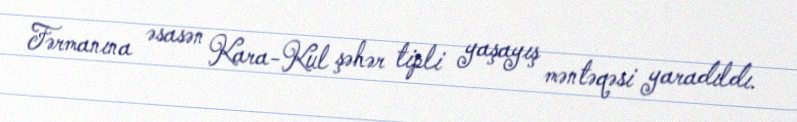
Fərmanına əsasən Kara-Kul şəhər tipli yaşayış məntəqəsi yaradıldı.